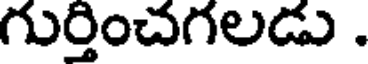
గుర్తించగలడు .